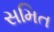
સમિત